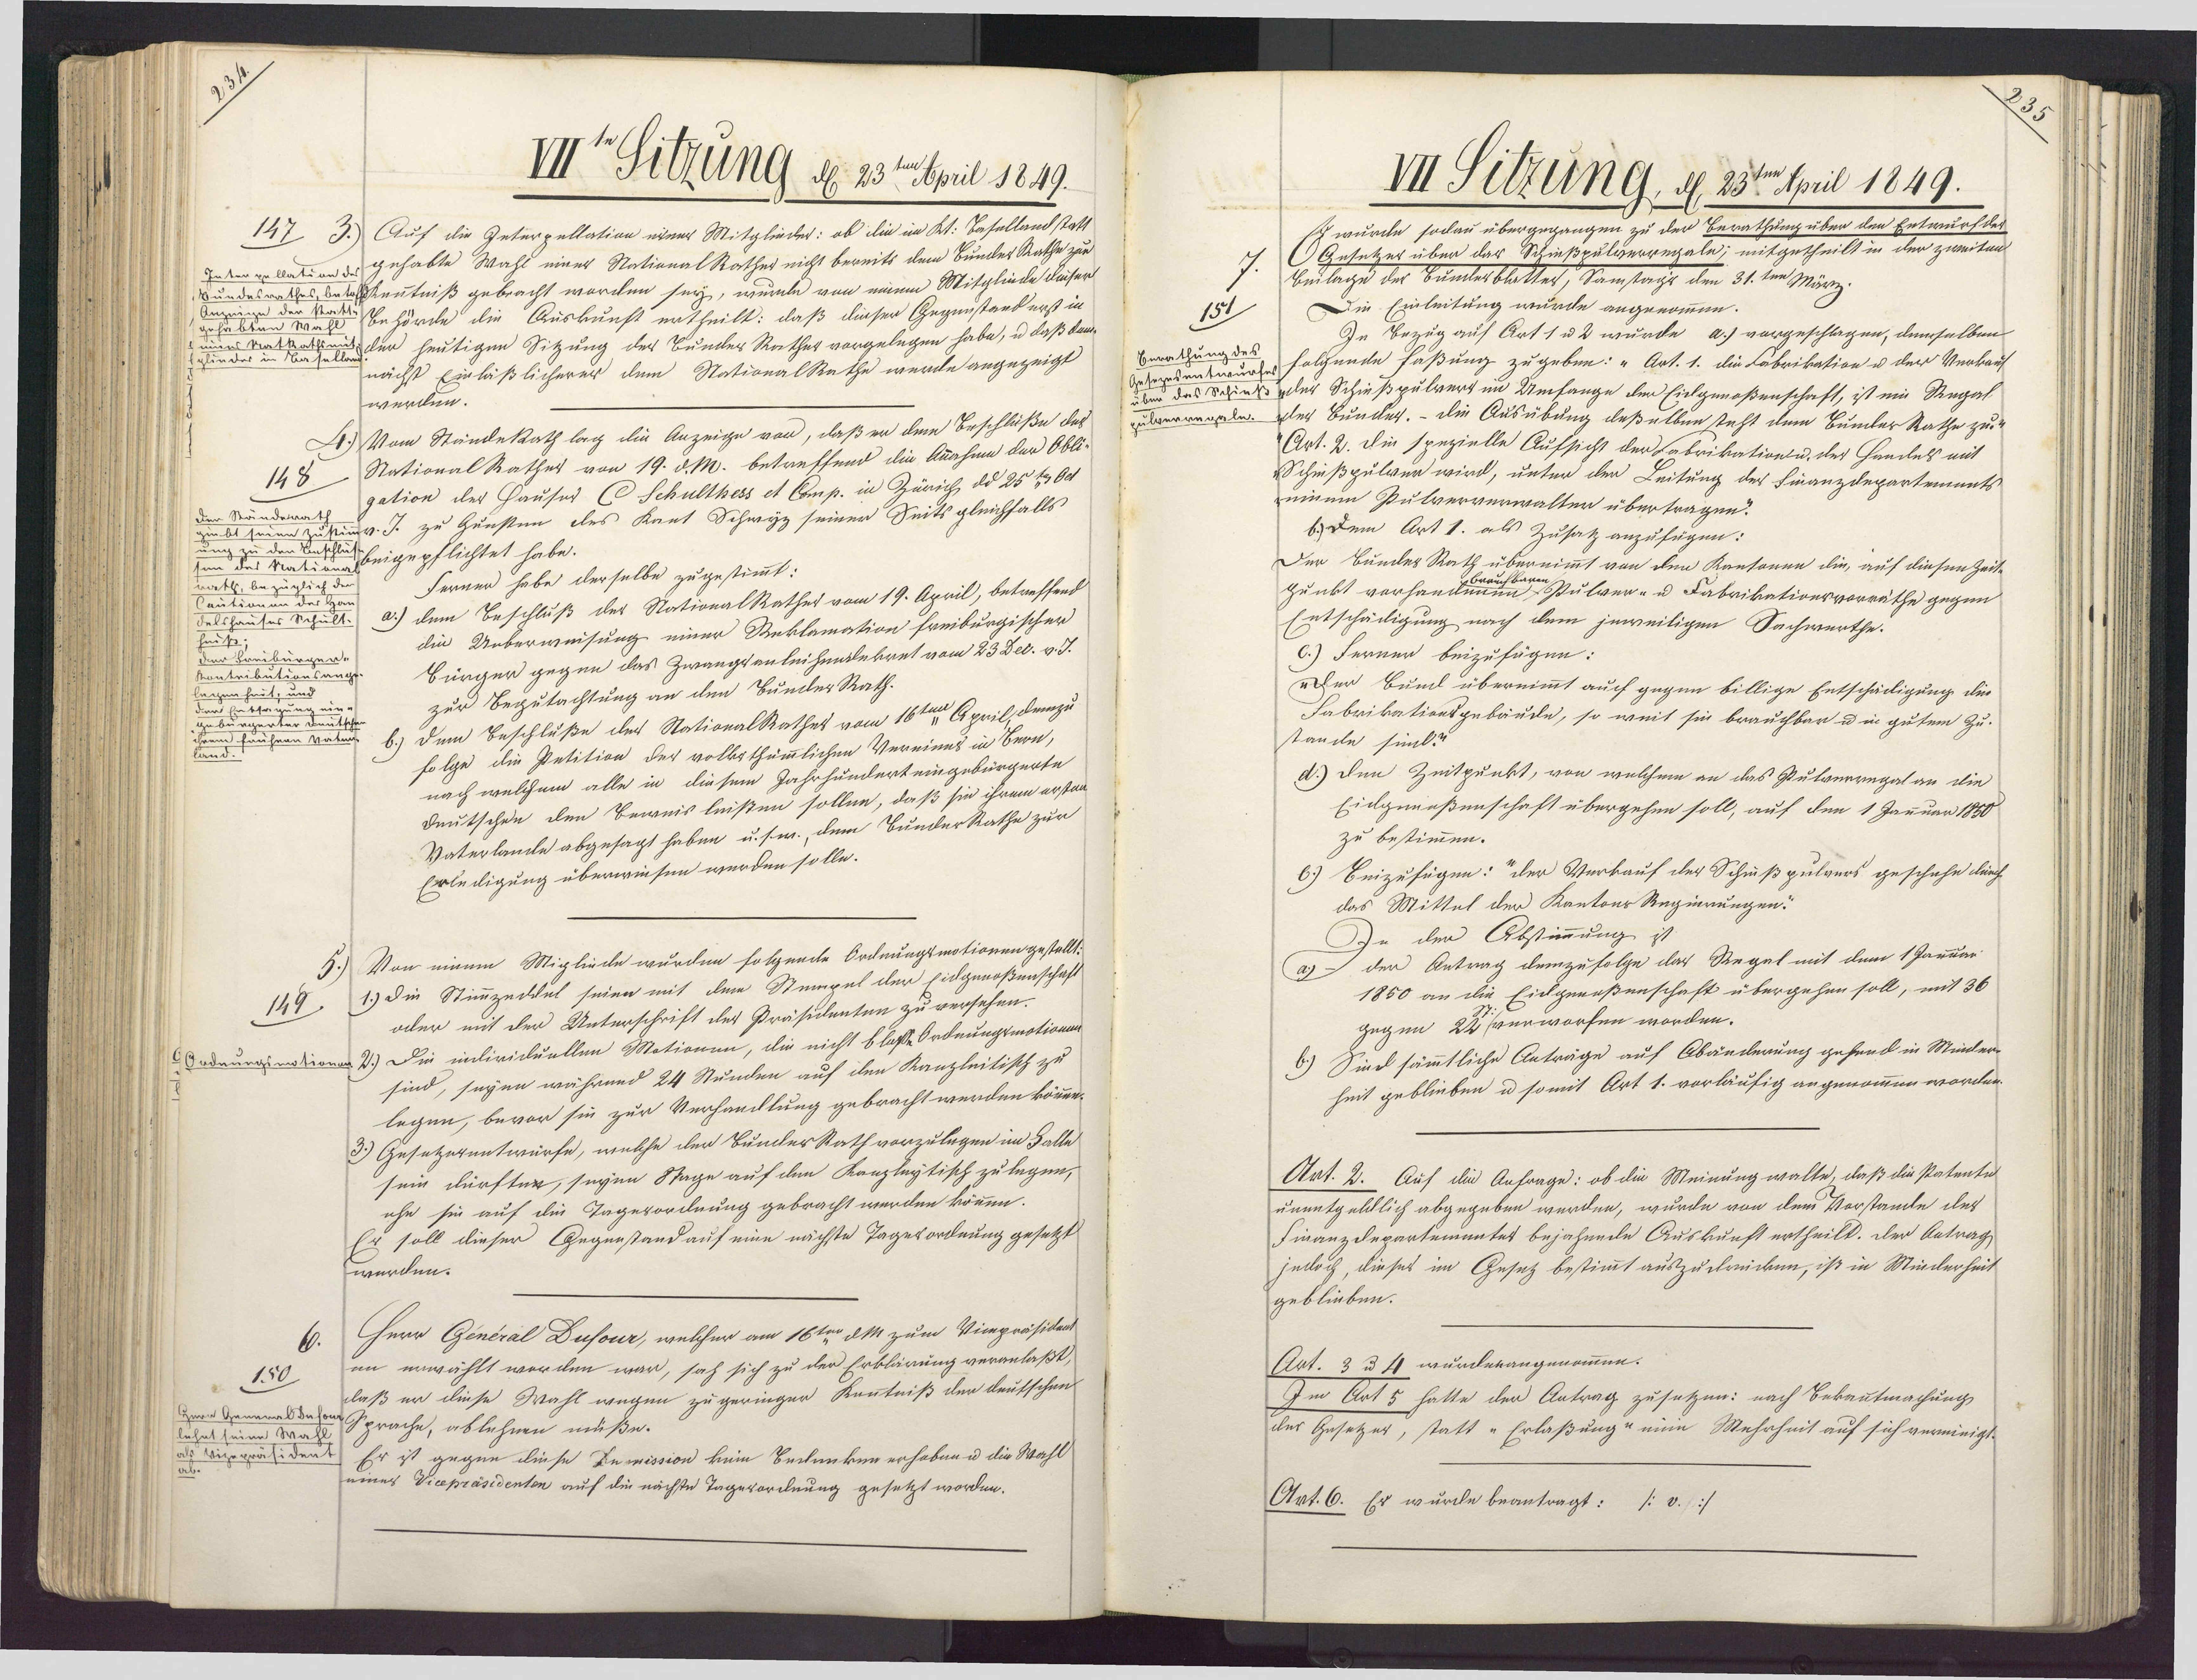
VII Sitzung d 23terril 1849.
Auf die Interpellation einer Mitglieder: ob die im Kt. Basellandstatt
147 3.
Inter pellation d gehabte Wahl einer National Rather nicht bereits dem Bundes Rathe zur
Bundesrathes Betkentniß gebracht worden sey, wurde von einem Mitgliede dieser
Anzeige der statt-Behörde die Auskunft ertheilt: daß dieser Gegenstand erst in
gehabten Wahl
Ader heutigen Sitzung der Bundes Rather vorgelegen habe, u daß ken¬
nd
nächst Einläßlicherer dem StationalRathe werde angezeigt
werden.
4.) Vom Ständekath lag die Anzeige vor, daß er dem Beschlüße des
NationalRather von 19. d. M. betreffend die Annahme der Obli¬
148
gation des Hauses C Schulthers et Comp. in Züriche dd 25 t 64
den Ständerath
n  d beigepflichtet habe.
Fernen habe derselbe zugestimmt:
rath, bezüglich der
Cautionen des Ha¬
a.) dem Beschluß der NationalRather vom 19. April, betreffend
Felshauses Schult.
die Ueberweisung einer Reklamation freiburgischer
heuß;
dee Breiburg
Bürger gegen das Zwangsanleihendekret vom 23 Dec. v. J.
Kontributions
legen he
zur Begutachtung an den Bunder Rath.
g eine
Deutsche
hren val b.) dem Beschluße der StationalRathes vom 16ten April demzu
folge die Petition der volksthümmlichen Vereines in Bern,
nach welchem alle in diesem Jahrhunderteingebürgerte
Deutschen den Beweis leisten sollen, daß sie ihrem erstan¬
Vaterlande abgesagt haben u. sw., dem BunderRathe zur
Erledigung überwiesen werden solle.
Von einem Migliede wurden folgende Ordnungsmotionen gestellt:
1.) Die Stimmzedkul seien mit dem Stempel der Eidgenoßenschaft
149
oder mit der Unterschrift des Präsidenten zu versehen.
adeunginatione 2) Die inlivicuellen Mationen, die nicht blase Ordnungemationa
sind, seyen während 24 Stunden auf den Kanzleitisch zu
legen, bevor sie zur Verhandlung gebracht werden können.
3.) Gesetzerentwürfe, welche der BunderRath vorzulegen im Falle
sein dürften, seyen Stage auf den Kanzleytisch zu legen,
ehe sie auf die Tagesordnung gebracht werden können.
Er soll dieser Gegenstand auf eine nächste Tagesordnung gesetzt
werden.
Herr General Dusour, welcher am 16ten dM zum Vimpräsidant
en erwählt worden war, sah sich zu der Erklärung veranlaßt,
150
daß er diese Wahl wegen zu geringer Kenntniß der deutschen
Herr Generaldehon Sprache, ablehnen müße.
lehnt seine Wahl
als Vizepräsident
Er ist gegen diese Inmission kein Bedenken erhoben u die Wahl
eines Vicepräsidenten auf die nächste Tagerordnung gesetzt worden.

III Sitzung, d. 23ten April 1849.
Eh wurde sodau übergegangen zu der Berathung über den Entwurfdes
(Gesetzer über dar Schießpulverregale; mitgetheilt in der zweiten
Beilage der Sumlesblatter, Samstags den 31.ten März.
Die Einleitung wurde angenommen.
151
In Bezug auf Art 1 u 2 wurde a.) vorgeschlagen, demselben
Enrathung des
datersentwurte folgende faßung zugeben: „Art. 1. die Fabrikation u der Verkauf
über das Schieß eder Schießpulvert im Umfange der Eidgenoßenschaft, ist ein Regal
sulverregeln. Der Bunder. - Die Ausübung deßelben steht dem Bunler Rathe zu¬
Art. 2. die spezielle Aufsicht der Fabrikation u. des Handels mit
Schießpulver wird, unter der Leitung des Finanzdepartements
ninum Gulververwalter übertragen?
b) dem Art 1. als Zusatz anzufügen:
Der Bundes Rath übernimmt von den Kansonen die, auf diesen Zeite
punkt vorhandun
Pulver- u Fabrikationsvorräthe gegen
Entschädigung nach dem jeweiligen Sachwerthe.
c.) Ferner beizufügen:
rher Bund übernimmt auch gegen billige Entschädigung die
Fabrikationsgebäude, so weit sie brauchbar u in gutem Zu¬
tande sind?
d.) den Zeitpunkt, von welchem an das Pulverregal an die
Eicgenaßenschaft übergehen soll, auf den 1 Januar 1850
zu bestimmen.
6.) Beizufügen: "der Verkauf der Schußpulvers geschehe durch
das Mittel der Kantons Regierungen:
In den Abstimmung ist
der Antrag demzufolge das Regel mit dem 1 Jaruar
a7
1850 an die Eidgenoßenschaft übergehen soll, mit 36
gegen 222venworfen worden.
b.) Sind sämmtliche Anträge auf Abänderung gehend in Minder¬
heit geblieben u so mit Art 1. vorläufig angenommen worden.
Art. 2. Auf die Anfrage: ob die Meinung walte, daß die Patente
unentgeldlich abgegeben werden, wurde von dem Vorstande des
Finanzdepartementet bejahende Auskunft ertheilt. Der Antrag
jedoch, dieses im Gesetz bestimmt auszudrüicken, ist in Minderheit
geblieben.
Art. 3 u 4 wurdenangenommen.
Im Art 5 hatte der Antrag zusetzen: nach Bekanntmachung
der Gesetzer, statt "Erlaßung- nun Mehrheit auf sich vermieigt.
Art. 6. Es wurde beantragt: /:v.:/